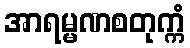
အာရမ္မဏစတုက္ကံ